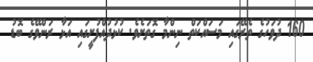
160 ދުވަހުގެ ތެރޭގައި މަސައްކަތް ނިންމާ ގޮތަށެވެ. ކުޅުދުއްފުށީގައި އަޅާ ރަންވޭގެ ބޮޑު